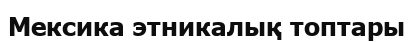
Мексика этникалық топтары